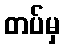
တပ်မှ